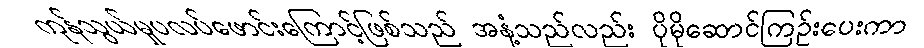
ကုန်သွယ်မှုပလပ်ဖောင်းကြောင့်ဖြစ်သည် အနံ့သည်လည်း ပိုမိုဆောင်ကြဉ်းပေးကာ